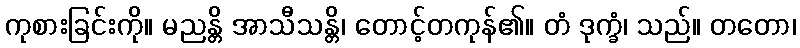
ကုစားခြင်းကို။ မညန္တိ အာသီသန္တိ၊ တောင့်တကုန်၏။ တံ ဒုက္ခံ၊ သည်။ တတော၊